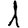
Digit: 1